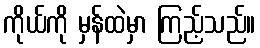
ကိုယ်ကို မှန်ထဲမှာ ကြည့်သည်။